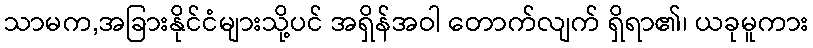
သာမက,အခြားနိုင်ငံများသို့ပင် အရှိန်အဝါ တောက်လျက် ရှိရာ၏၊ ယခုမူကား